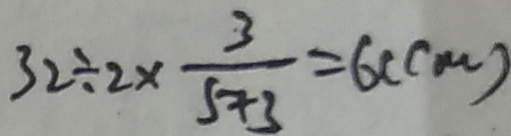
3 2 \div 2 \times \frac { 3 } { 5 + 3 } = 6 ( c m )